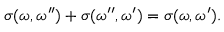
\sigma ( \omega , \omega ^ { \prime \prime } ) + \sigma ( \omega ^ { \prime \prime } , \omega ^ { \prime } ) = \sigma ( \omega , \omega ^ { \prime } ) .